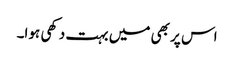
اس پر بھی میں بہت دکھی ہوا۔